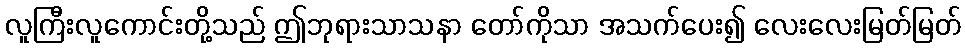
လူကြီးလူကောင်းတို့သည် ဤဘုရားသာသနာ တော်ကိုသာ အသက်ပေး၍ လေးလေးမြတ်မြတ်